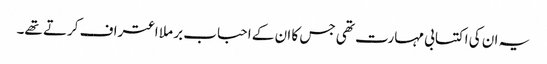
یہ ان کی اکتسابی مہارت تھی جس کا ان کے احباب بر ملا اعتراف کرتے تھے۔